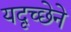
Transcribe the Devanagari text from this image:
यदृच्छेने